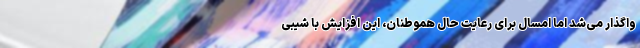
واگذار می‌شد اما امسال برای رعایت حال هموطنان، این افزایش با شیبی